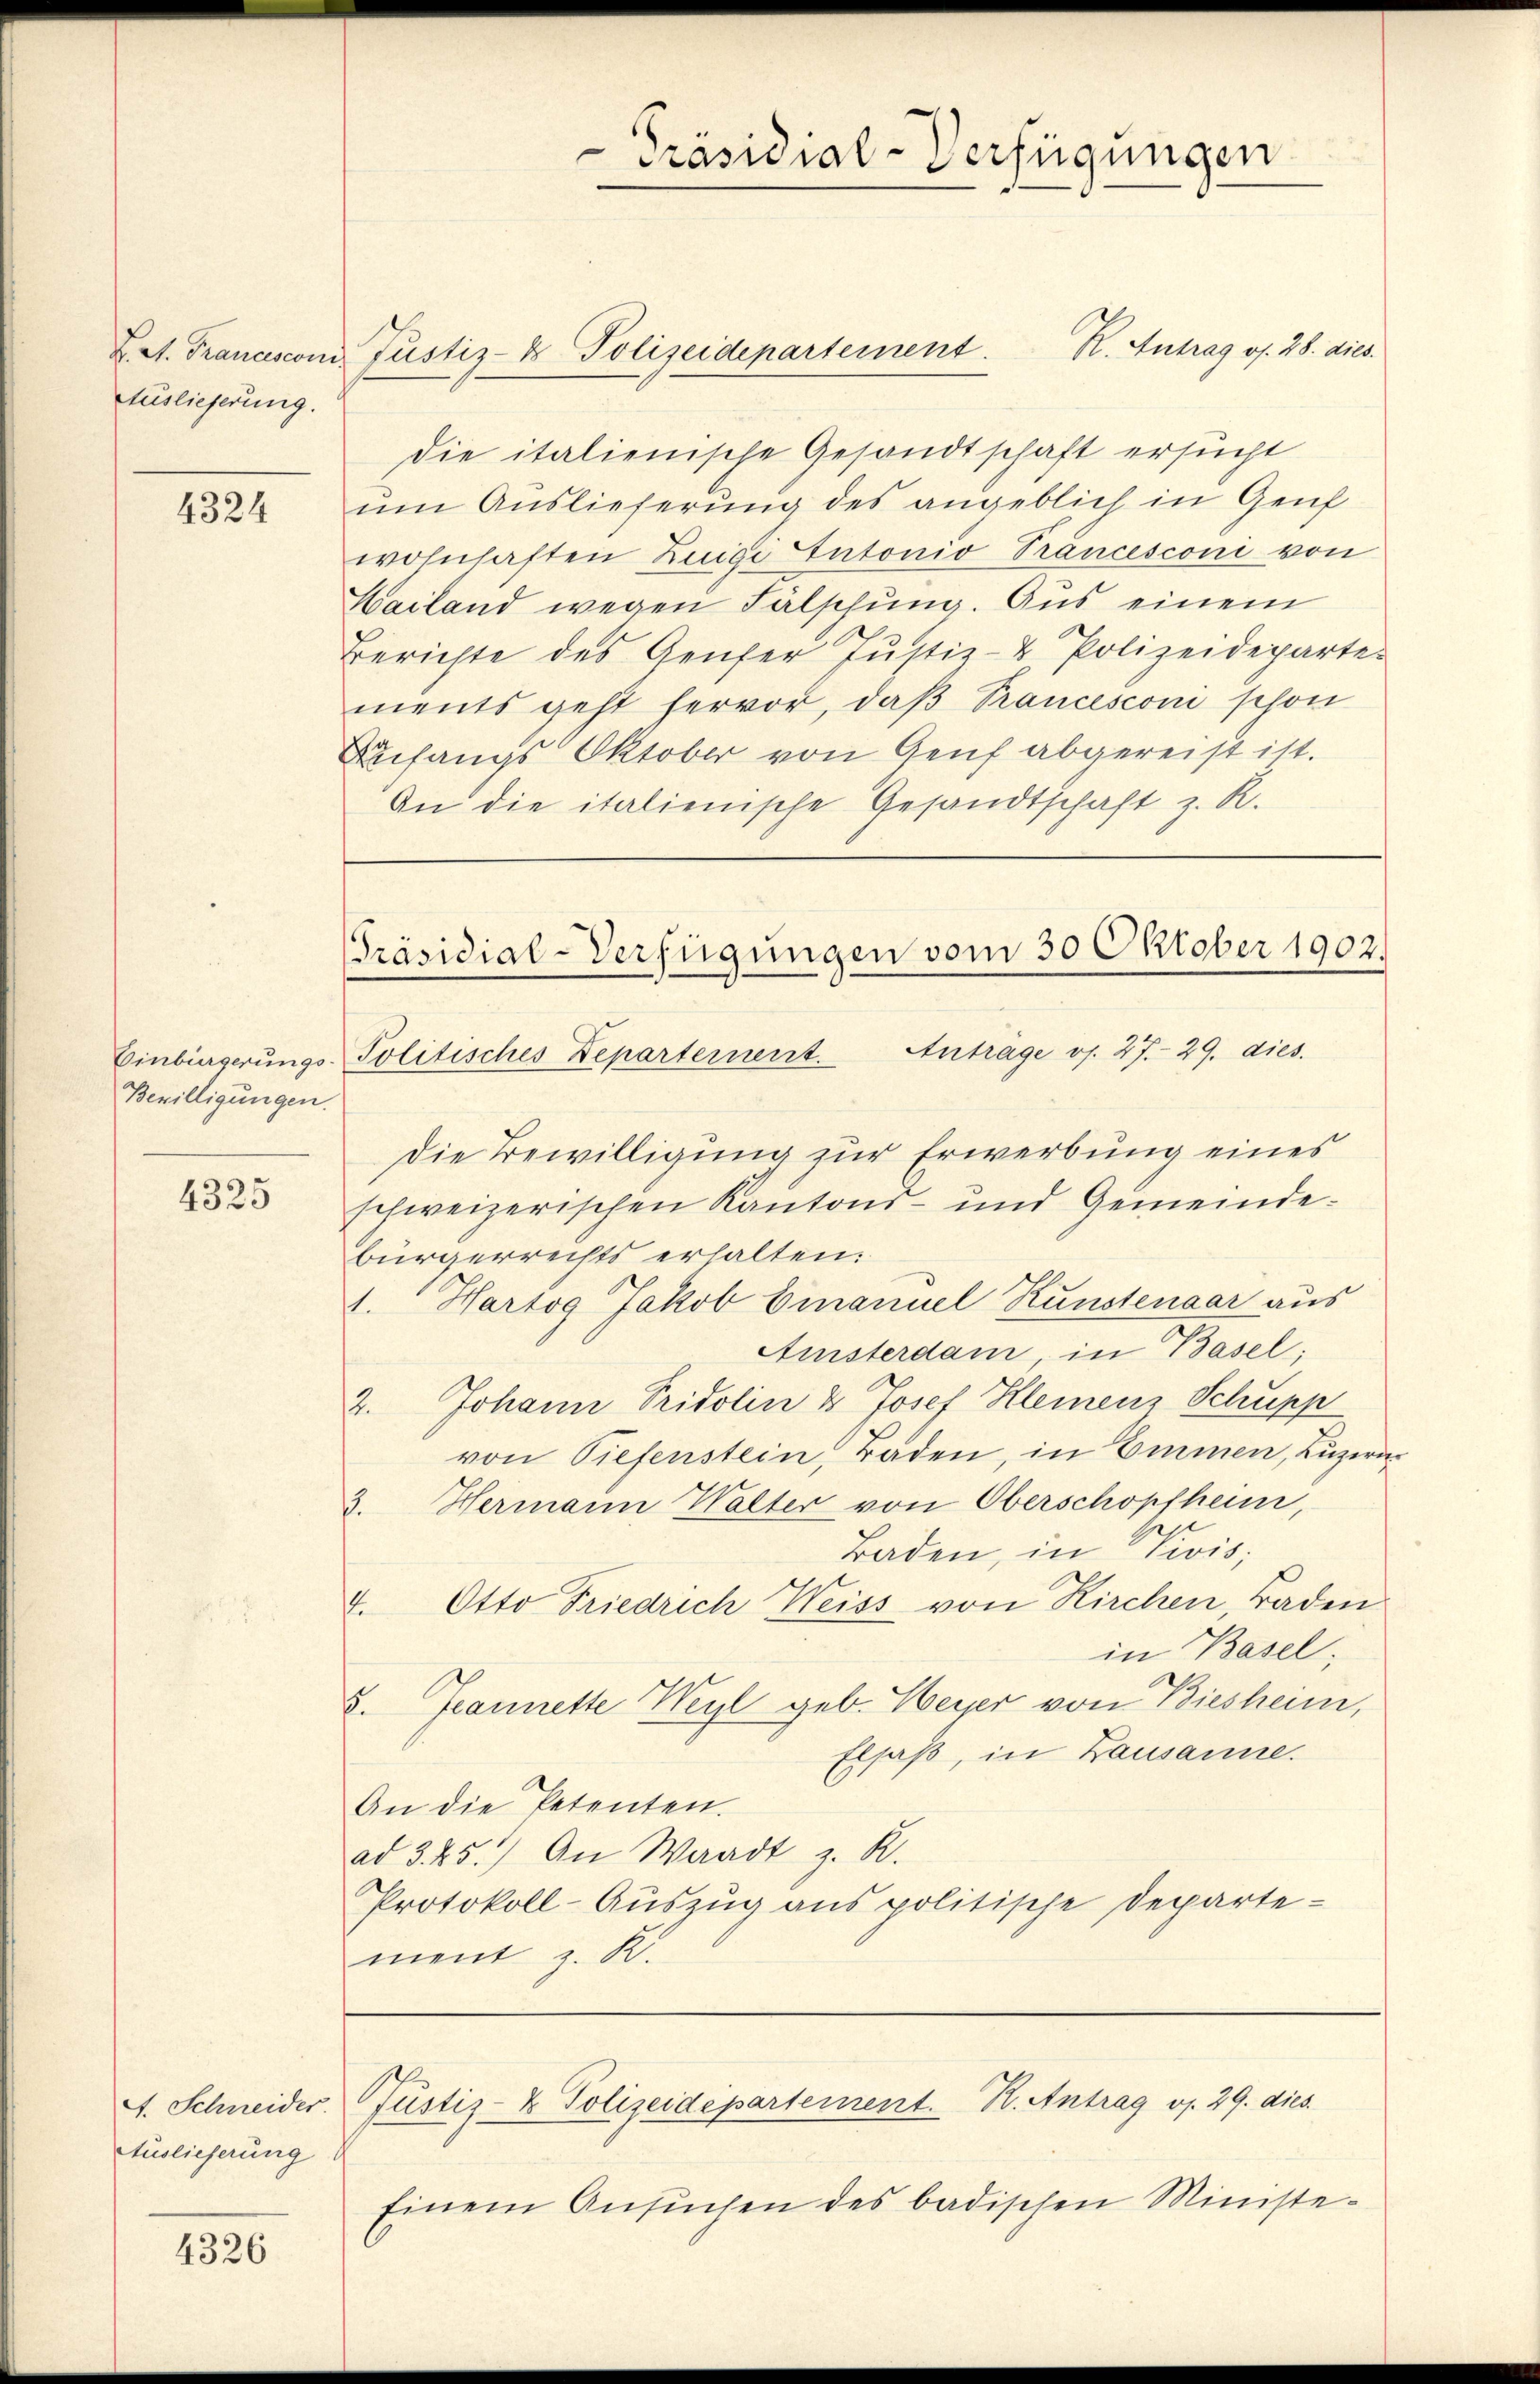
Auslieferung.

4324

Einbürgerungs-
Bewilligungen.

4325

Auslieferung

4326

K. Antrag os. 28. dies.
Let. Franciscon Justiz- & Polizeidepartement
die italienische Gesandtschaft ersucht
um Auslieferung des angeblich in Genf
wohnhaften Zuigi tutonio Prancesconi von
Hailand wegen Fälschung. Aus einem
Berichte des Genfer Justiz- & Polizeideparte.
ments geht hervor, daβ Prancesconi schon
Anfangs Oktober von Genf abgereist ist.
An die italienische Gesandtschaft z. R.

Die Bewilligung zur Erwerbung eines
schweizerischen Kantons- und Gemeindebürgerrechts erhalten:
1. Hartog Jakob Emanuel Kunstenaar aus
Amisterdam, in Basel;
2. Johann Pridolin & Josef Kleinen Schupp
von Tiefenstein, Baden, in Emmen, Luzern
2. Hermann Walter von Oberschopfheim,
Baden, in Wivis;
4. Otto Friedrich Weiss von Kirchen, Baden
in Basel,
8. Jeannette Weyl geb. Weyer von Biesheim,
Elsaß, in Lausanne.
An die Petenten.
ad 325.) An Waadt z. R.
Protokoll-Auszug aus politische Departement z. K.

Präsidial-Verfügungen

Präsidial-Verfügungen vom 30 Oktober 1902.
Politisches Departement. Antrage v. 27. 29. dies.

Einem Ansuchen des badischen Ministe-

A. Schneider Justiz- & Polizeidepartement. H. Antrag v. 29. dies